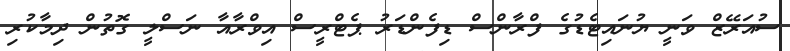
ސުއަރޭޒް ވަނީ ޔުނައިޓެޑުގެ ފްރާންސް ޑިފެންޑަރު ޕެޓްރީސް އިވްރާއާ ނަސްލީ ގޮތުން ދިމާކުރި